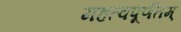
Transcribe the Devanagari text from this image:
महत्वपूर्णतम्